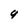
Character: y